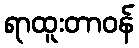
ရာထူးတာဝန်